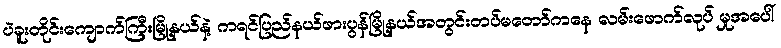
ပဲခူးတိုင်းကျောက်ကြီးမြို့နယ်နဲ့ ကရင်ပြည်နယ်ဖားပွန်မြို့နယ်အတွင်းတပ်မတော်ကနေ လမ်းဖောက်လုပ် မှုအပေါ်